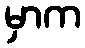
မှာက